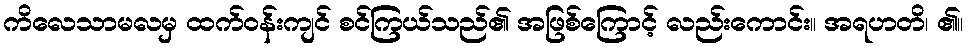
ကိလေသာမလမှ ထက်ဝန်းကျင် စင်ကြယ်သည်၏ အဖြစ်ကြောင့် လည်းကောင်း။ အရဟတိ၊ ၏။